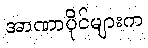
အာဏာပိုင်များက